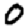
Digit: 0